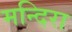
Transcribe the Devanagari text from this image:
मन्दिरा